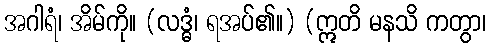
အဂါရံ၊ အိမ်ကို။ (လဒ္ဓံ၊ ရအပ်၏။) (ဣတိ မနသိ ကတွာ၊